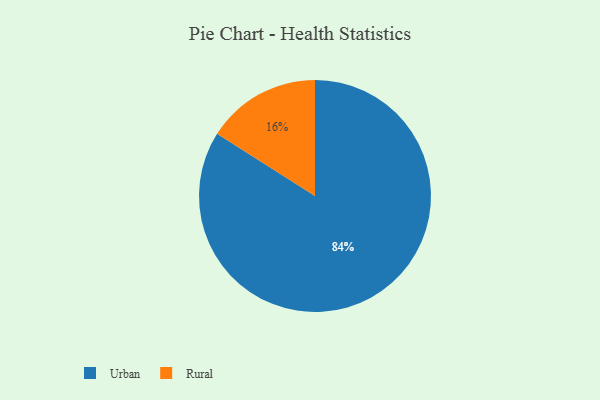
{"axis": {"x": "Category", "y": "Percentage"}, "legend": ["Rural", "Urban"], "data": [{"x": "Rural", "y": 16, "type": "Rural"}, {"x": "Urban", "y": 84, "type": "Urban"}]}